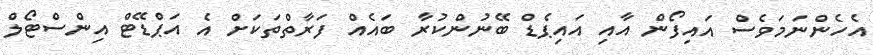
އެހެންނަމަވެސް އައިފޯން އާއި އައިޕެޑް ބޭނުންކުރާ ބައެއް ފަރާތްތަކަށް އެ އަޕްޑޭޓް އިންސްޓޯލް